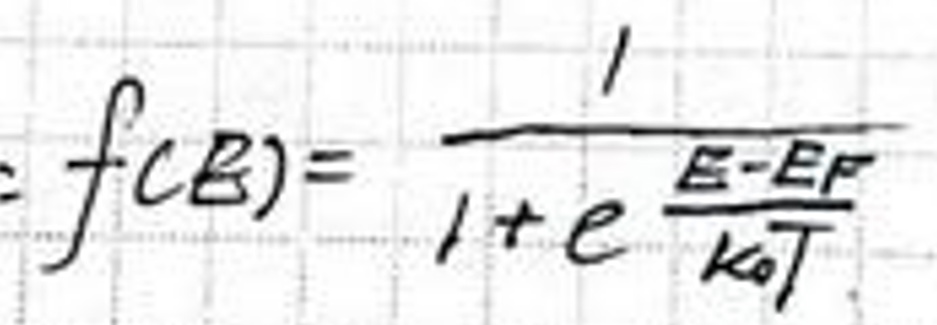
$f ( E ) = \frac { 1 } { 1 + e ^ { \frac { E - E _ { F } } { k _ { B } T } } }$